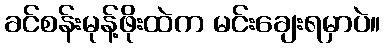
ခင်စန်းမုန့်ဖိုးထဲက မင်းချေးရမှာပဲ။